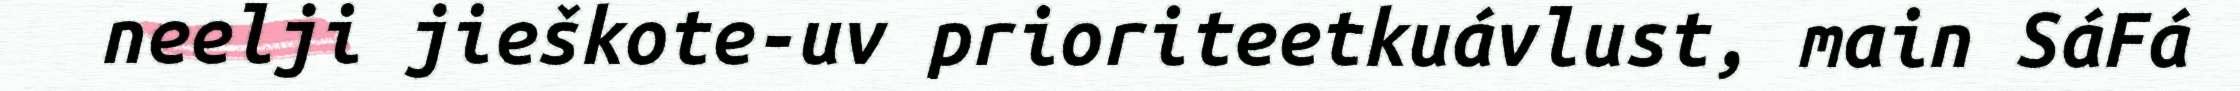
neelji jieškote-uv prioriteetkuávlust, main SáFá